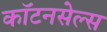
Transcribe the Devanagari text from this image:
कॉटनसेल्स